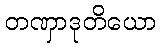
တဏှာဒုတိယော